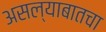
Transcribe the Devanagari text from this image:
असल्याबातचा